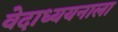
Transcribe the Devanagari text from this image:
वेदाध्ययनाला